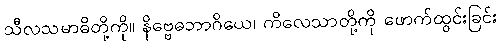
သီလသမာဓိတို့ကို။ နိဗ္ဗေဓဘာဂိယေ၊ ကိလေသာတို့ကို ဖောက်ထွင်းခြင်း